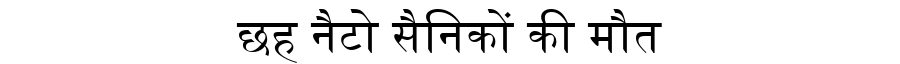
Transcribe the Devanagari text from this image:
छह नैटो सैनिकों की मौत